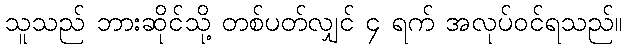
သူသည် ဘားဆိုင်သို့ တစ်ပတ်လျှင် ၄ ရက် အလုပ်ဝင်ရသည်။